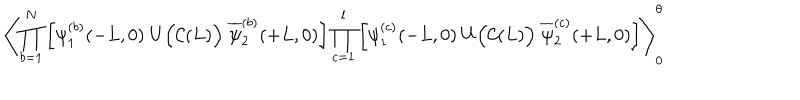
\left\langle \prod _ { b = 1 } ^ { N } \left[ \psi _ { 1 } ^ { ( b ) } ( - L , 0 ) \; U \Big ( { \cal C } ( L ) \Big ) \; \overline { { { \psi } } } _ { 2 } ^ { ( b ) } ( + L , 0 ) \right] \prod _ { c = 1 } ^ { l } \left[ \psi _ { 1 } ^ { ( c ) } ( - L , 0 ) \; U \Big ( { \cal C } ( L ) \Big ) \; \overline { { { \psi } } } _ { 2 } ^ { ( c ) } ( + L , 0 ) \right] \right\rangle _ { 0 } ^ { \theta }